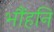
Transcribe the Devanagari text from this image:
भौंहनि